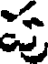
ప